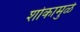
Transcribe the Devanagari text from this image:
शोकामुळे